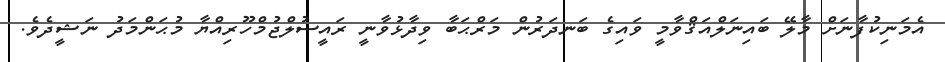
އެމަނިކުފާނަށް މާލޭ ބައިނަލްއަޤްވާމީ ވައިގެ ބަނދަރުން މަރްޙަބާ ވިދާޅުވާނީ ރައީސުލްޖުމްހޫރިއްޔާ މުޙަންމަދު ނަޝީދެވެ.